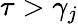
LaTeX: \tau>\gamma_{j}